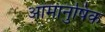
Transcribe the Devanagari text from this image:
आमानुषिक